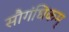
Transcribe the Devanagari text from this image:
सौगंधिकम्